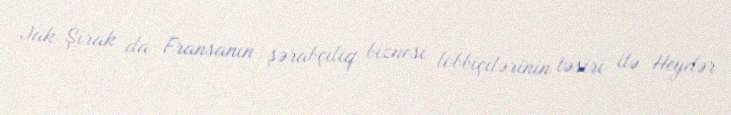
Jak Şirak da Fransanın şərabçılıq biznesi lobbiçilərinin təsiri ilə Heydər